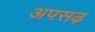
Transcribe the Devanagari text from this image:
अपसढ़